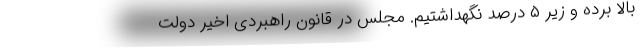
بالا برده و زیر ۵ درصد نگهداشتیم. مجلس در قانون راهبردی اخیر دولت